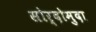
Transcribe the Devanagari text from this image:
सोर्दोमुदा